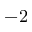
- 2